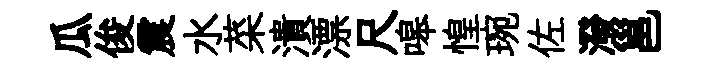
瓜俊震水菜潰漂尺嗥惶琬佐潑邕